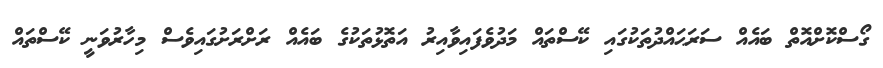
ގޯސްކޮށްއޮތް ބައެއް ސަރަޙައްދުތަކުގައި ކޭސްތައް މަދުވެފައިވާއިރު އަތޮޅުތަކުގެ ބައެއް ރަށްރަށުގައިވެސް މިހާރުވަނީ ކޭސްތައް